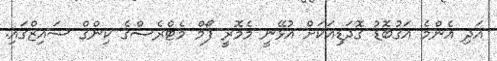
އަދި އެންމެ އަގުބޮޑު ގޮދަޑިއަކަށް އުޅޭނީ މެމޮރީ ފޯމް މެޓްރެސްގެ ކިންގް ސައިޒްގައި.